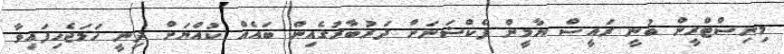
މިނިސްޓްރީން ބުނީ ރައީސް ޔާމީން ފެކްޝަނަށް ދަރުބާރުގެއިން ބައެއް ކުއްޔަށް ދިނީ ހަމަޖެހިފައިވާ